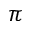
\pi